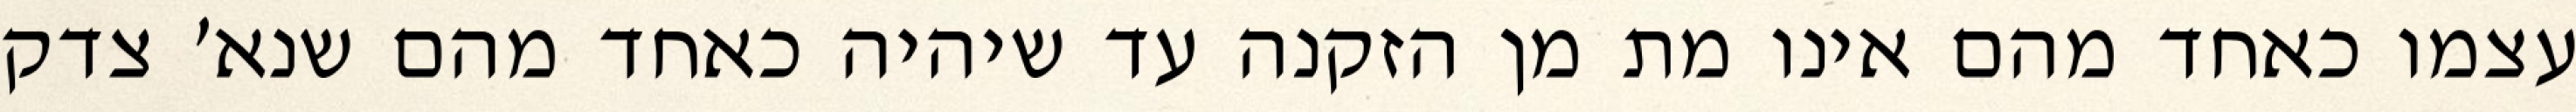
עצמו כאחד מהם אינו מת מן הזקנה עד שיהיה כאחד מהם שנא׳ צדק